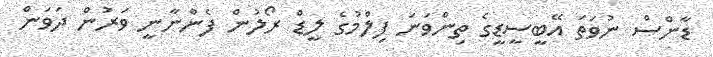
ޑާންސް ނުވަތަ އޭބީސީޑީގެ ތިންވަނަ ފިލްމުގެ ލީޑް ރޯލުން ފެންނާނީ ވަރުން ދަވަން